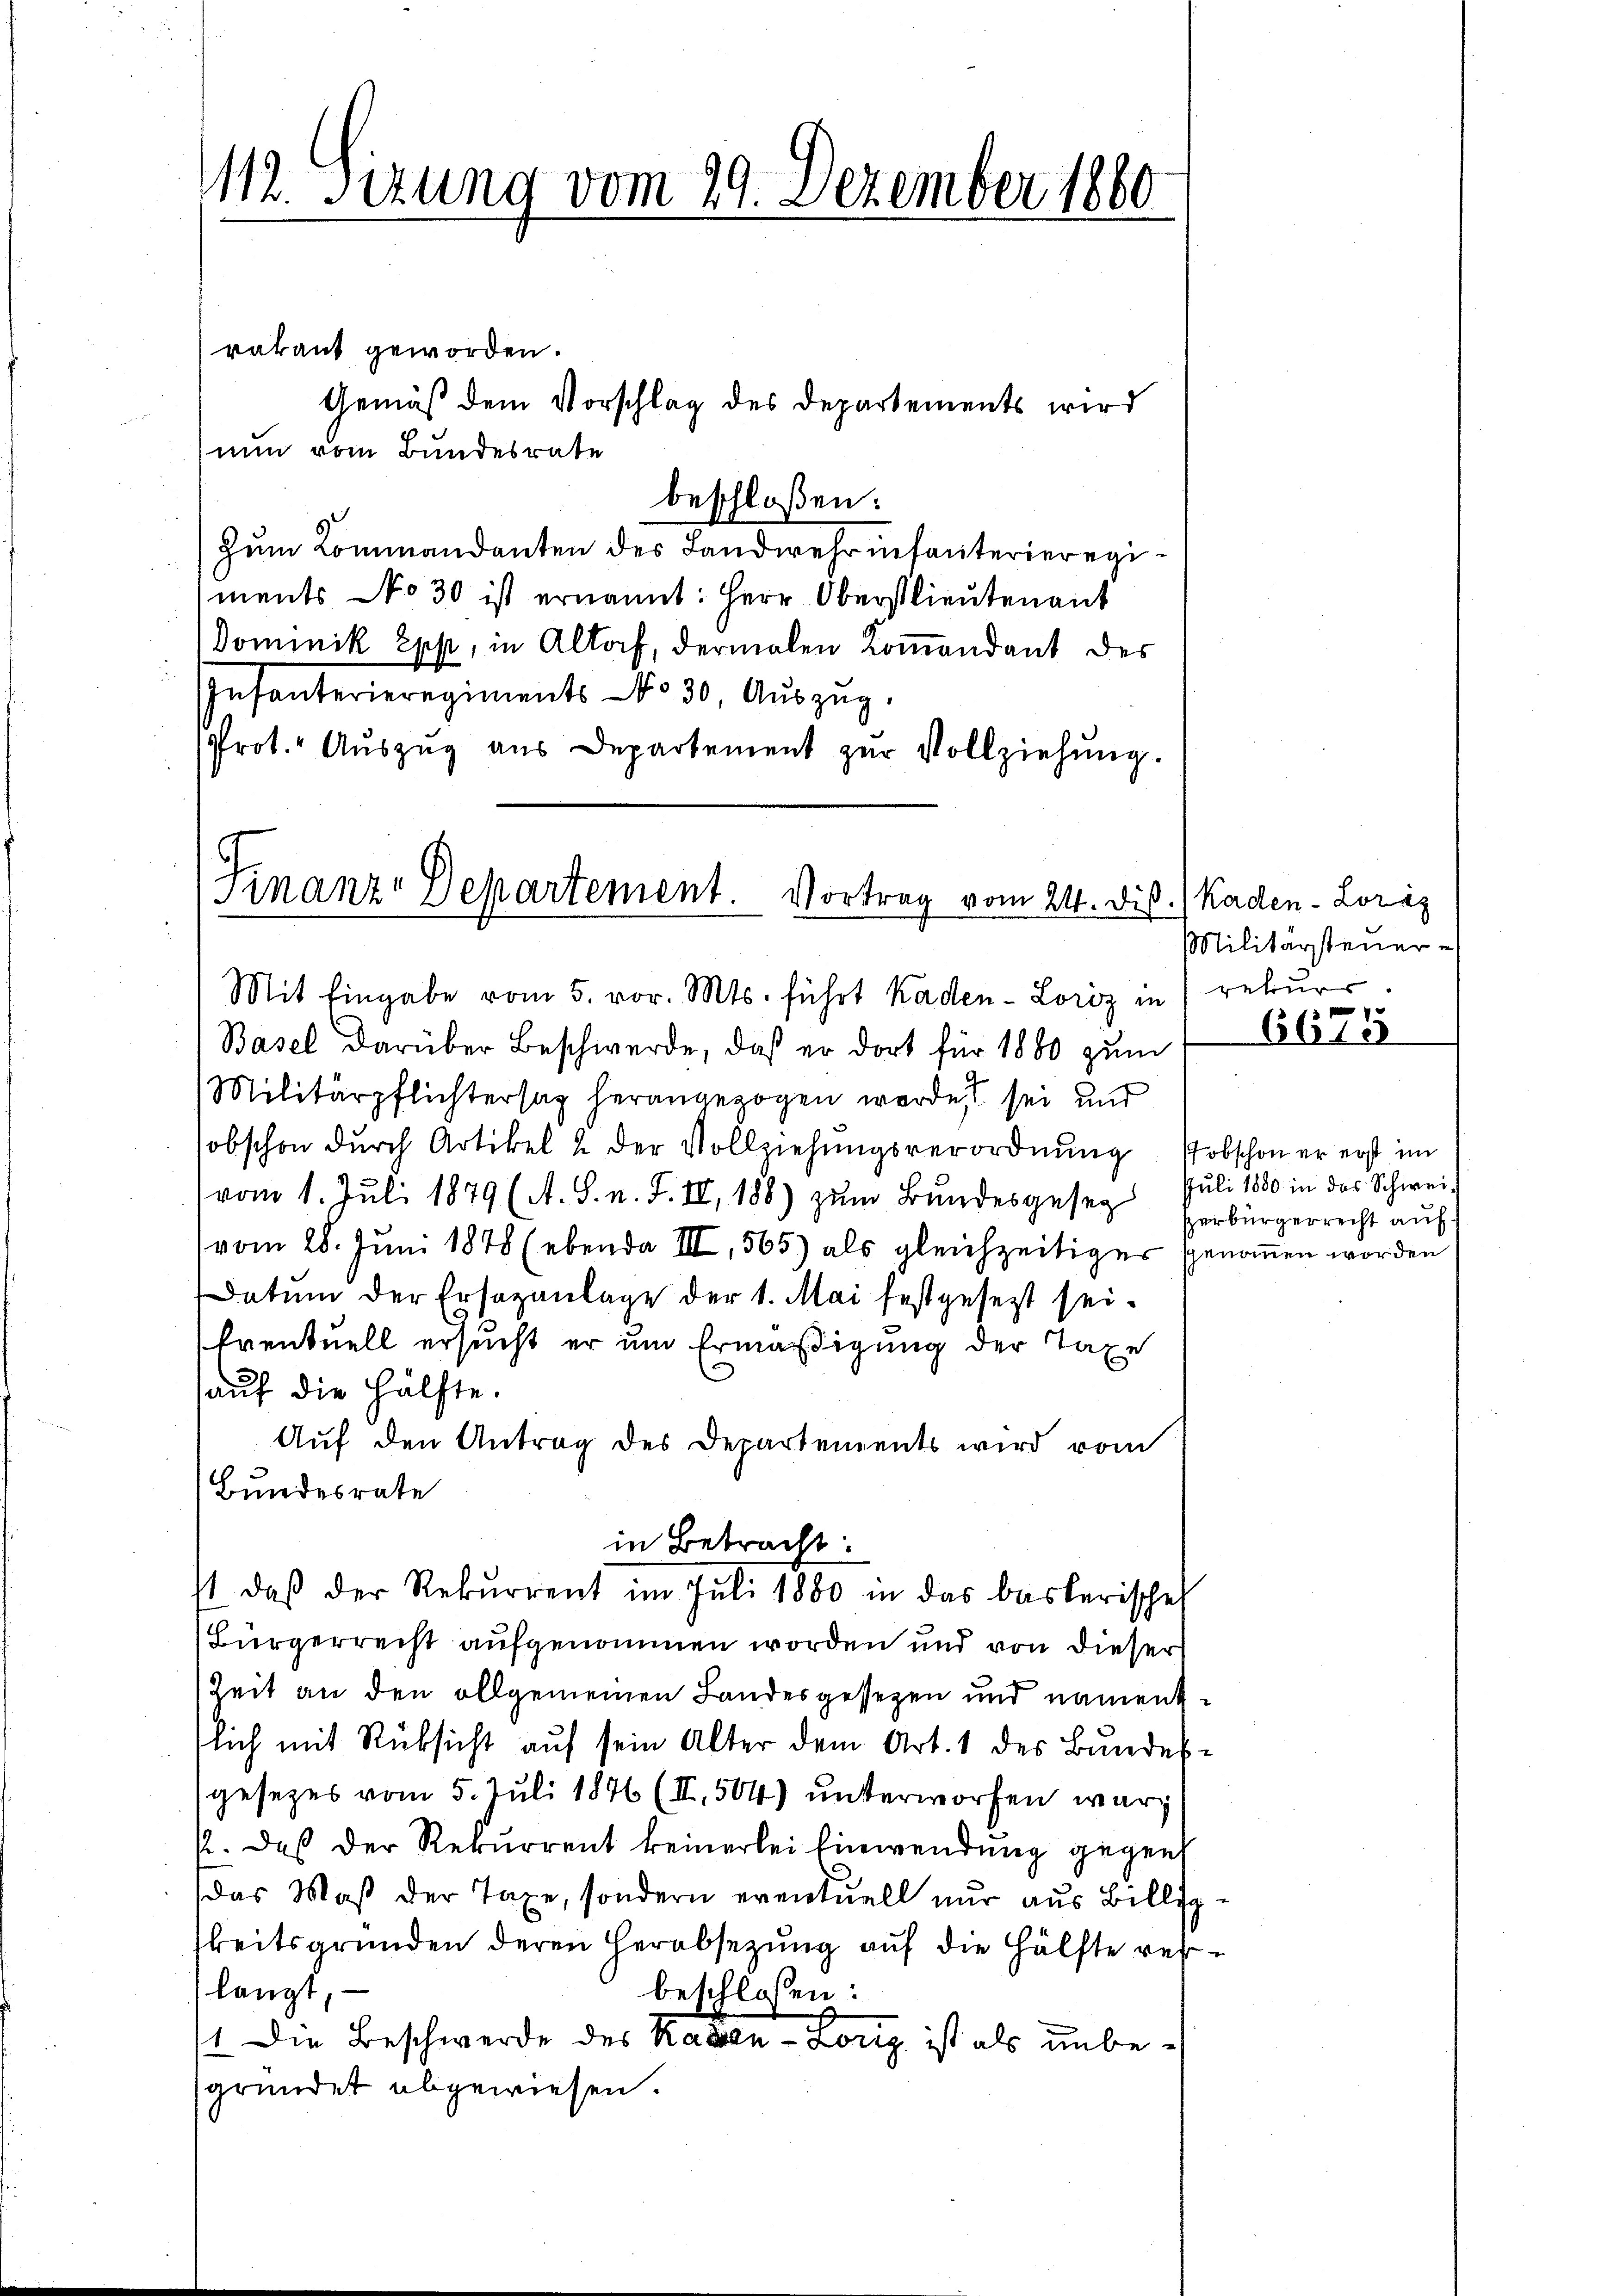
112. Sizung vom 29. Dezember 1860

rakant geworden.
Gemäß dem Vorschlag des Departements wird
nun vom Bundesrate
beschloßen:
zum Commandanten des Landwehr infanterieregiments No 30 ist ernannt: Herr Oberstlieutenant
Dominik Epp, in Altorf, dermalen Kommandant des
Infanterieregiments No 30 Aŭszŭg.
prot. Auszug aus Departement zŭr Vollziehŭng.

Mit Eingabe vom 5. vor. Mts. führt Kaden-Loriz in rekurr
Basel darüber Beschwerde, daß er dort für 1880 zum
Militärpflichtersag herangezogen werde, sei und
obschon dŭrch Artikel 2 der Vollziehŭngsverordnŭng, obschon er erst im
vom 1. Juli 1879 (A. S. n. F. II, 188) zŭm Bŭndesgeseg Juli 1880 in das Schwei
vom 28. Juni 1848 (ebenda III, 565) als gleichzeitiger genommen worden
Datum der Ersazanlage der 1. Mai festgesetzt sei¬
Eventuell ersucht er um Ermäßigung der Taxe
aŭf die Hälfte.
Auf den Antrag des Departements wird vom
Bundesrate
in Betracht:
st, daβ der Rekurrent im Juli 1880 in das baslerisches
Bürgerrecht aufgenommen worden und von dieser
Zeit an den allgemeinen Landesgesezen und namentlich mit Rücksicht auf sein Alter dem Art. 1 des Bundesgesetzes vom 5. Juli 1876 (II, 504) unterworfen war,
k. Das der Rekurrent keinerlei Einwendung gegen
das Maß der Taxe, sondern eventuell nur aus Billikeitsgründen deren Herabsetzung auf die Hälfte verlangt,
beschlossen:
1. Die Beschwerde des Kaden-Lorig ist als unbegründet abgewiesen.

Finanz-Departement. Vortrag vom 24. dis.

Kaden-Loraz
Militärsteuer
1

6610

perbürgerrecht auf